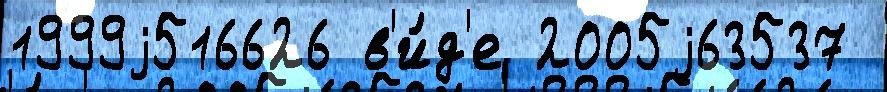
1999j516626 в'и́д'е 2005j63537